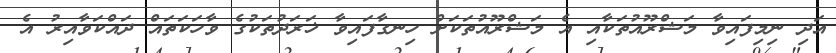
އަދި ނިމިފައިވާ މަޝްރޫއުތަކާއި އެ މަޝްރޫއުތަކަށް ހިނގާފައިވާ ޚަރަދުތަކުގެ ވާހަކަތައް ދައްކަވާއިރު އެ